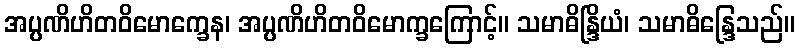
အပ္ပဏိဟိတဝိမောက္ခေန၊ အပ္ပဏိဟိတဝိမောက္ခကြောင့်။ သမာဓိန္ဒြိယံ၊ သမာဓိန္ဒြေသည်။